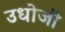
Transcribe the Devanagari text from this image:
उधोजी